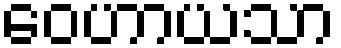
ဝေဟာယသာ